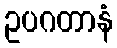
ဥပဂတာနံ